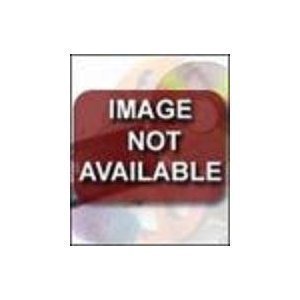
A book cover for College Board Guide to Preparing for the Psat/Nmsqt: Four Actual and Complete Tests, Plus Tips and Advice from the People Who Write the Exam; College Board; Test Preparation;